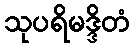
သုပရိမဒ္ဒိတံ